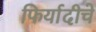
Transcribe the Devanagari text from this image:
फिर्यादीचे